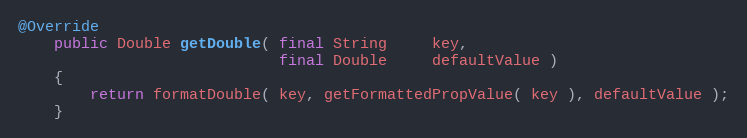
Language: Java
@Override
    public Double getDouble( final String     key,
                             final Double     defaultValue )
    {
        return formatDouble( key, getFormattedPropValue( key ), defaultValue );
    }